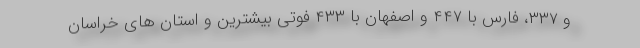
و ۳۳۷، فارس با ۴۴۷ و اصفهان با ۴۳۳ فوتی بیشترین و استان های خراسان